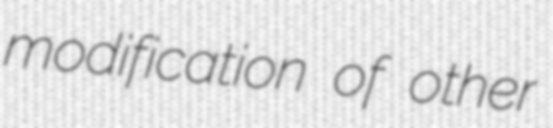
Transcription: modification of other